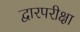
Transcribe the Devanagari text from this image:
द्वारपरीक्षा